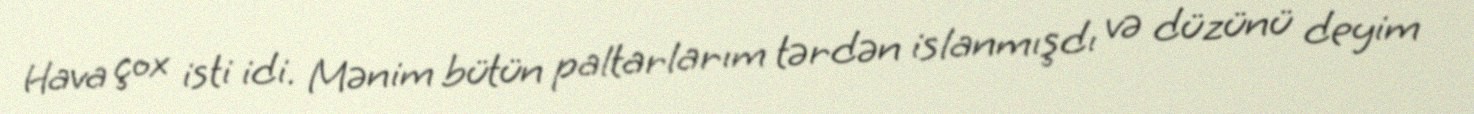
Hava çox isti idi. Mənim bütün paltarlarım tərdən islanmışdı və düzünü deyim